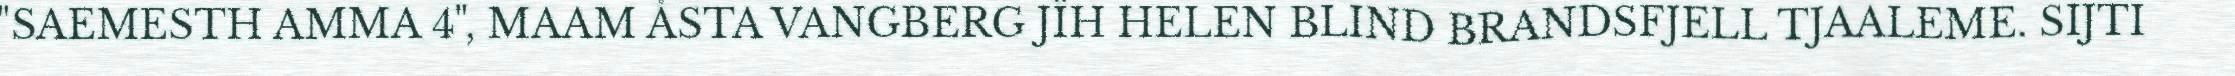
"SAEMESTH AMMA 4", MAAM ÅSTA VANGBERG JÏH HELEN BLIND BRANDSFJELL TJAALEME. SIJTI